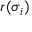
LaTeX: r ( \sigma _ { i } )